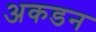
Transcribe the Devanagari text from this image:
अकडन